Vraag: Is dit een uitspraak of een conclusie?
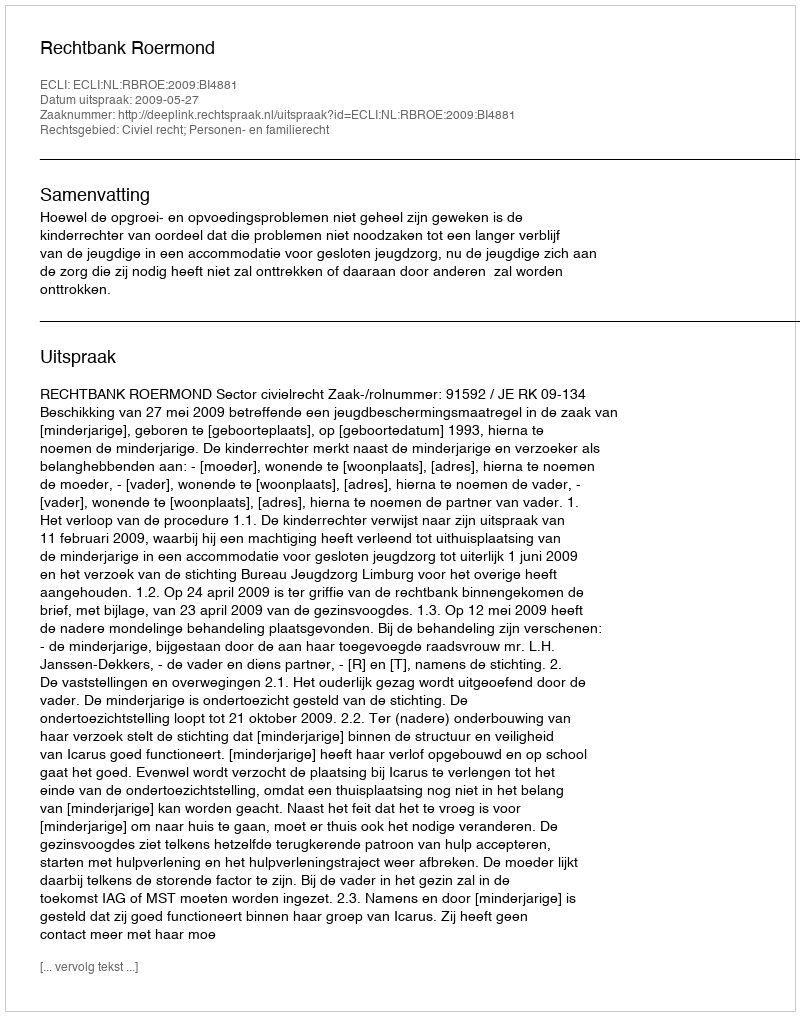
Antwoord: Uitspraak